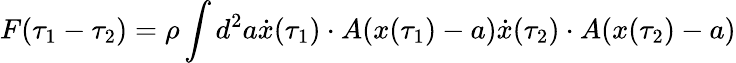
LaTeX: F(\tau_{1}-\tau_{2})=\rho\int d^{2}a\dot{x}(\tau_{1})\cdot A(x(\tau_{1})-a)\dot{x}(\tau_{2})\cdot A(x(\tau_{2})-a)